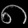
Digit: ၈